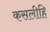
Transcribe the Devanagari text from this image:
कसलीहि